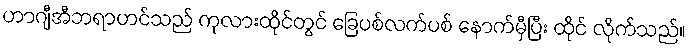
ဟာဂျီအီဘရာဟင်သည် ကုလားထိုင်တွင် ခြေပစ်လက်ပစ် နောက်မှီပြီး ထိုင် လိုက်သည်။